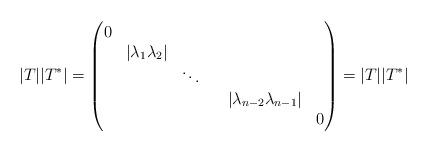
LaTeX: \begin{align*}|T||T^*|= \begin{pmatrix}0 & & & & \\ & |\lambda_{1}\lambda_{2} | & & & \\ & & \ddots & & \\ & & & & |\lambda_{n-2} \lambda_{n-1}| \\ & & & & & 0\\\end{pmatrix} = |T||T^*|\end{align*}